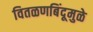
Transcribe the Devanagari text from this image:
वितळणबिंदूमुळे